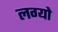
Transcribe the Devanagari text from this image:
लग्यो